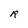
Character: R